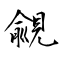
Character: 覦